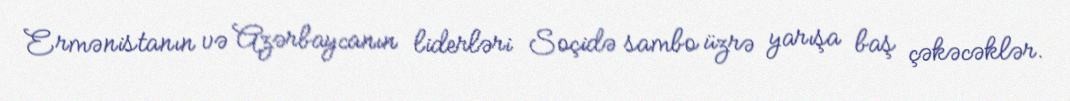
Ermənistanın və Azərbaycanın liderləri Soçidə sambo üzrə yarışa baş çəkəcəklər.